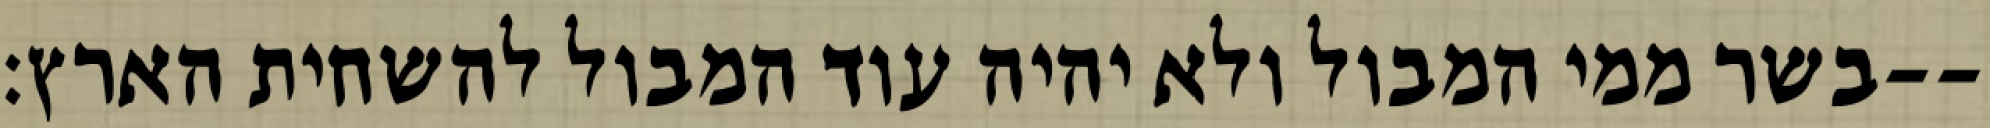
בשר ממי המבול ולא יהיה עוד המבול להשחית הארץ׃--